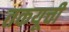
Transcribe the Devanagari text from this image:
तकयूची